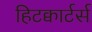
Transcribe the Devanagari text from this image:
हिटक्वार्टर्स